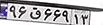
۹۶ق۶۶۹۱۳